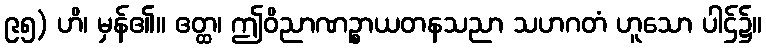
၉၅) ဟိ၊ မှန်၏။ ဧတ္ထ၊ ဤဝိညာဏဉ္စာယတနသညာ သဟဂတံ ဟူသော ပါဌ်၌။